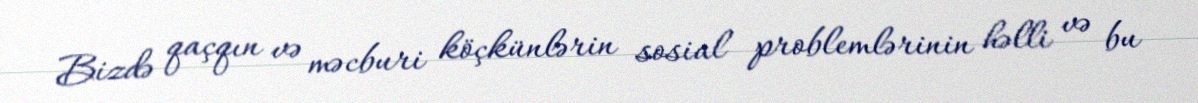
Bizdə qaçqın və məcburi köçkünlərin sosial problemlərinin həlli və bu